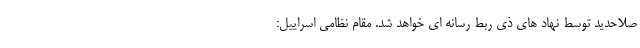
صلاحدید توسط نهاد های ذی ربط رسانه ای خواهد شد. مقام نظامی اسراییل: